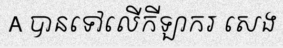
A បានទៅលើកីឡាករ សេង